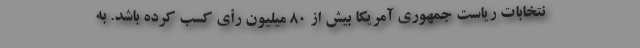
نتخابات ریاست جمهوری آمریکا بیش از ۸۰ میلیون رأی کسب کرده باشد. به